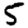
Digit: 5